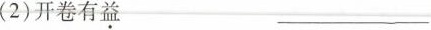
(2)开卷有益___